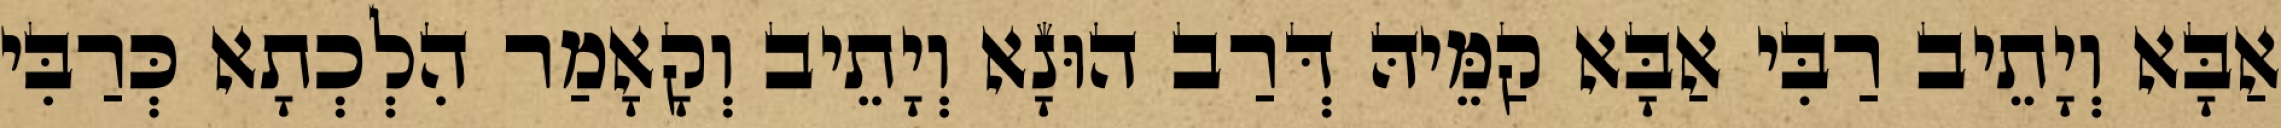
אַבָּא וְיָתֵיב רַבִּי אַבָּא קַמֵּיהּ דְּרַב הוּנָא וְיָתֵיב וְקָאָמַר הִלְכְתָא כְּרַבִּי